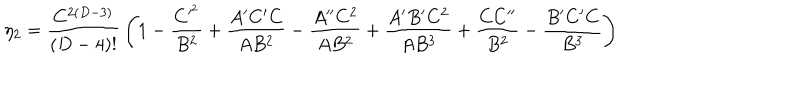
\eta _ { 2 } = { \frac { C ^ { 2 ( D - 3 ) } } { ( D - 4 ) ! } } \left( 1 - { \frac { C ^ { \prime ^ { 2 } } } { B ^ { 2 } } } + { \frac { A ^ { \prime } C ^ { \prime } C } { A B ^ { 2 } } } - { \frac { A ^ { \prime \prime } C ^ { 2 } } { A B ^ { 2 } } } + { \frac { A ^ { \prime } B ^ { \prime } C ^ { 2 } } { A B ^ { 3 } } } + { \frac { C C ^ { \prime \prime } } { B ^ { 2 } } } - { \frac { B ^ { \prime } C ^ { \prime } C } { B ^ { 3 } } } \right)